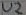
Text: U2